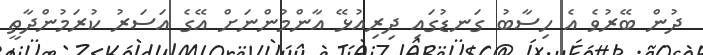
ދުން ބޭރުވެ އެ ހިސާބު ގަނޑުގައި ދިރިއުޅޭ އާންމުންނަށް އޭގެ އަސަރު ކުރަމުންދާތީ